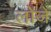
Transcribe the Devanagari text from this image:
लोंजे